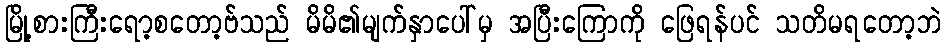
မြို့စားကြီးရော့စတော့ဗ်သည် မိမိ၏မျက်နှာပေါ်မှ အပြီးကြောကို ဖြေရန်ပင် သတိမရတော့ဘဲ